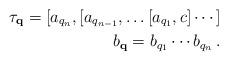
LaTeX: \begin{align*}\tau_{\bold{q}} = [ a_{q_n}, [ a_{q_{n-1}}, \ldots [ a_{q_1}, c ] \cdots ] \\b_{\bold{q}} = b_{q_1} \cdots b_{q_n} \,.\end{align*}